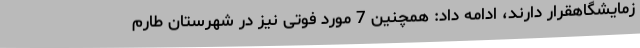
زمایشگاهقرار دارند، ادامه داد: همچنین 7 مورد فوتی نیز در شهرستان طارم